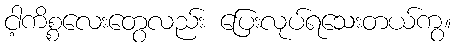
ငါ့ကိစ္စလေးတွေလည်း ပြေးလုပ်ရသေးတယ်ကွ။